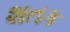
શતક